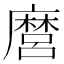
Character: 麿